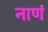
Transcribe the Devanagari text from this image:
नाणं